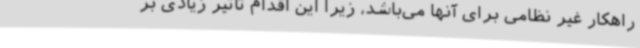
راهکار غیر نظامی برای آنها می‌باشد، زیرا این اقدام تاثیر زیادی بر